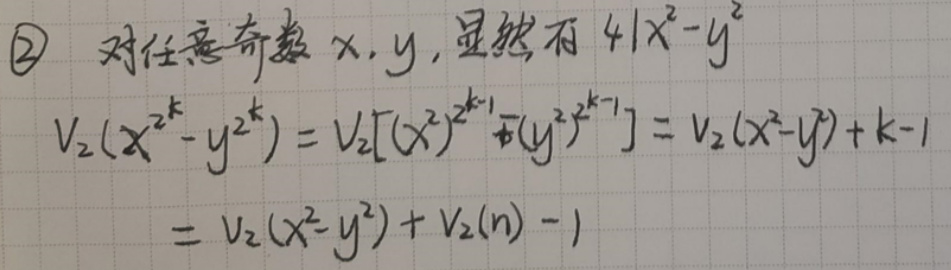
$\textcircled{2}$ 对任意奇数 \(x,y\)，显然有 \(4\nmid x^{2}-y^{2}\)
\[
\begin{align*}
v_{2}(x^{2^{k}} - y^{2^{k}})&=v_{2}[(x^{2})^{2^{k - 1}}-(y^{2})^{2^{k - 1}}]=v_{2}(x^{2}-y^{2})+k - 1\\
&=v_{2}(x^{2}-y^{2})+v_{2}(n)-1
\end{align*}
\]